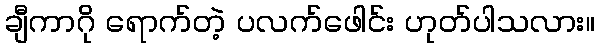
ချီကာဂို ရောက်တဲ့ ပလက်ဖေါင်း ဟုတ်ပါသလား။